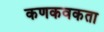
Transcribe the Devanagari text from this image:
कणकवकता